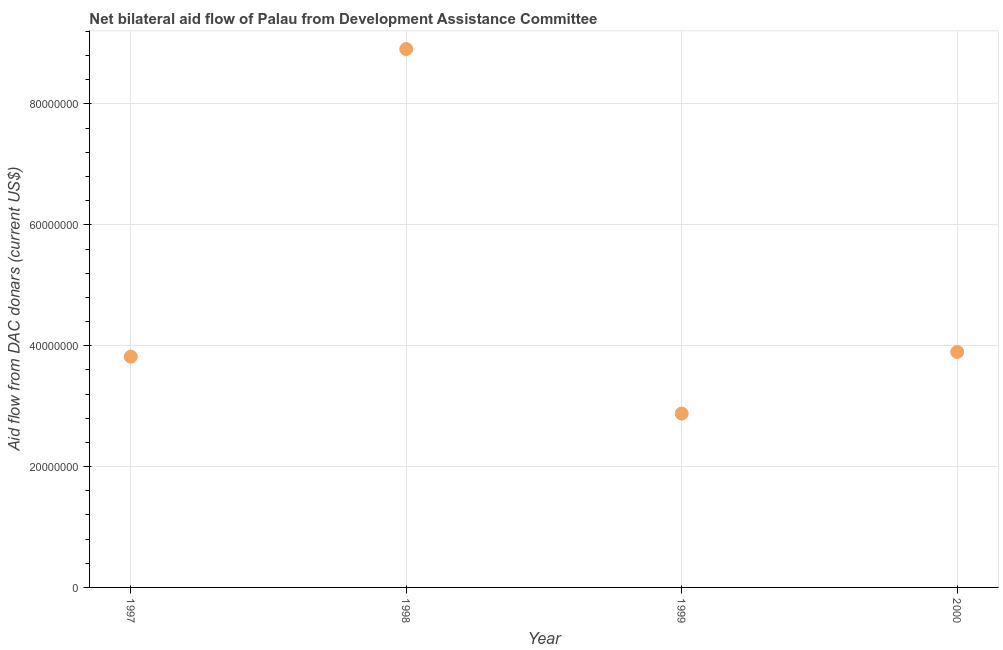
| Year | Net bilateral aid flows from DAC donors |
 | --- | --- |
 | 1997 | 3.82e+07 |
 | 1998 | 8.91e+07 |
 | 1999 | 2.88e+07 |
 | 2000 | 3.9e+07 |